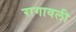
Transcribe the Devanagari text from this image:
रागावली